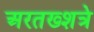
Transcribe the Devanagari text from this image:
अरतख्शत्रे